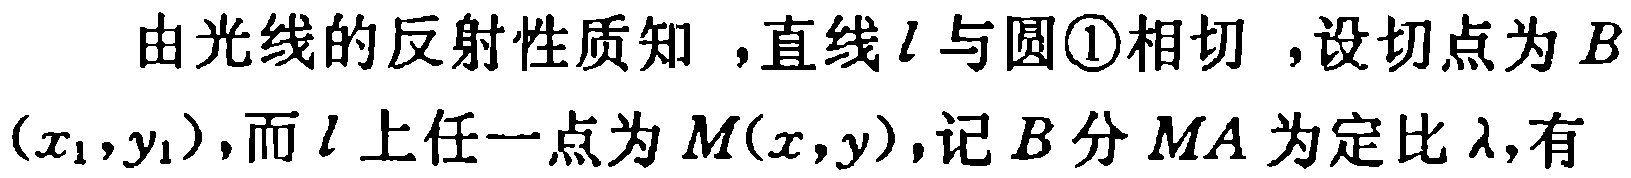
由光线的反射性质知，直线\(l\)与圆\textcircled{1}相切，设切点为\(B(x_{1},y_{1})\)，而\(l\)上任一点为\(M(x,y)\)，记\(B\)分\(MA\)为定比\(\lambda\)，有